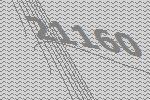
21160